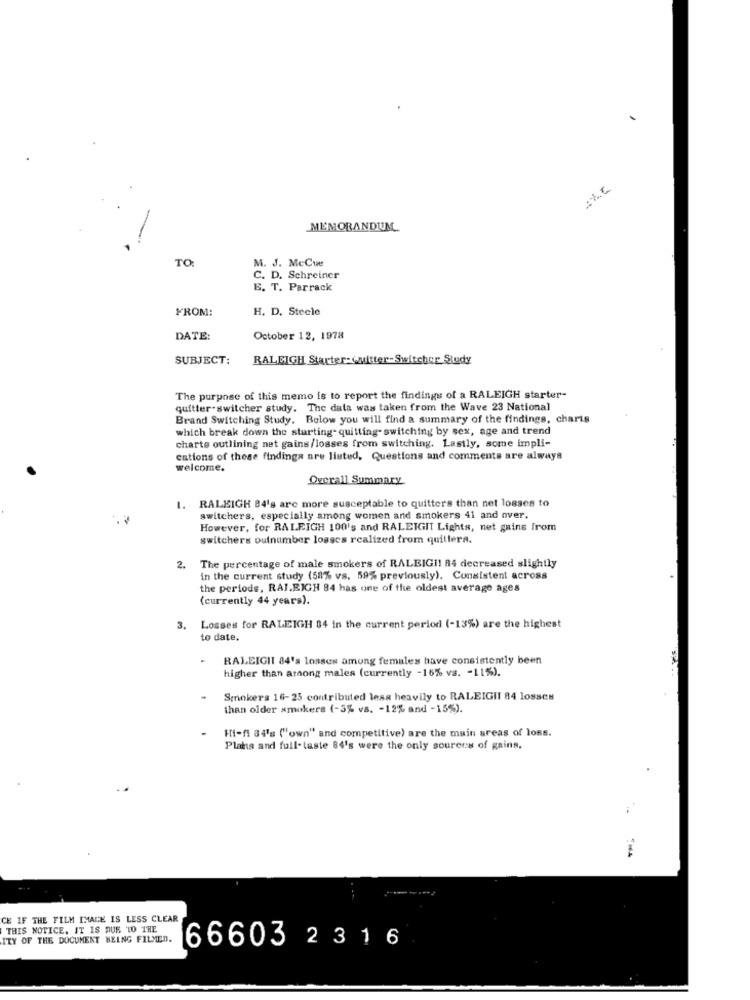
MEMORANDUM
TO
M. J. McCue
C. D. Schreiner
E. T. Parrack
FROM:
H. D. Steele
DATE:
October 12, 1978
SUBJECT:
RALEIGH Starter- Quitter-Switcher Study
The purpose of this memo is to report the findings of a RALEIGH starter-
quitter-switcher study. The data was taken from the Wave 23 National
Brand Switching Study. Below you will find a summary of the findings, charts
which break down the starting- quitting- switching by sex, age and trend
charte outlining net gains/losses from switching. Lastly, some impli-
cations of these findings are listed, Questions and comments are always
welcome.
Overall Summary
1. RALEIGH 84's are more susceptable to quitters than net losses to
switchers, especially among women and smokers 41 and over.
However, for RALEIGH 100's and RALEIGIT Lights, net gains from
switchers outnumber losses realized from quittera.
2.
The percentage of male smokers of RALBIGI! 84 decreased slightly
in the current study (58% vs. 59% previously). Consistent across
the periods, RALEIGH 84 has one of the oldest average ages
(currently 44 years).
3.
Losses for RALEIGH 84 in the current period (-13%) are the highest
to date.
RALEIGIL 84's losses among females have consistently been
higher than among males (currently -16% vs. - 11%).
Smokers 16-25 contributed lesa heavily to RALEIGII 84 losses
than older smokers (-3% vs. - 12% and -15%).
Hi-fi 34's ("own" and competitive) are the main areas of loss.
Plans and full- taste 84's were the only sources of gains.
CE IF THE FILM IMAGE IS LESS CLEAR
THIS NOTICE. IT IS DUS 'TO THE
ITY OF THE DOCUMENT HELNG FILMED.
66603 23 1 6